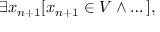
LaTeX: \exists x _ { n + 1 } [ x _ { n + 1 } \in V \land \dots ] ,